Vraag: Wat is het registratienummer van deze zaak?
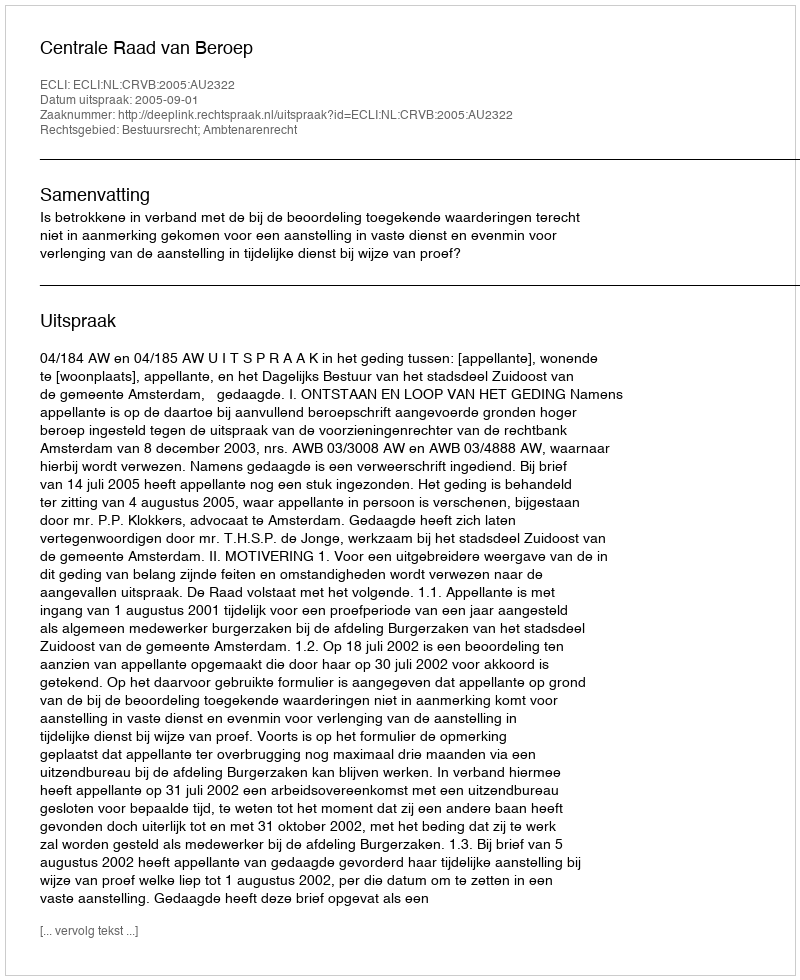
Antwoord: http://deeplink.rechtspraak.nl/uitspraak?id=ECLI:NL:CRVB:2005:AU2322